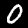
Digit: 0